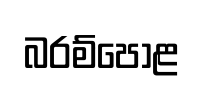
බරම්පොළ